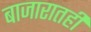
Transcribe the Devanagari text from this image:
बाजारातही